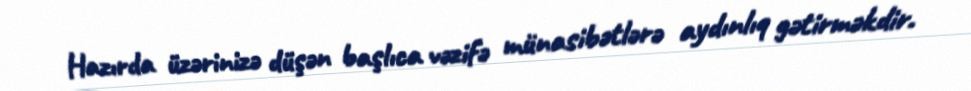
Hazırda üzərinizə düşən başlıca vəzifə münasibətlərə aydınlıq gətirməkdir.